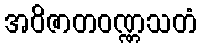
အဝိဇာတဝဏ္ဏသတံ